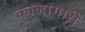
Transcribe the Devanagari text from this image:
कालागारी